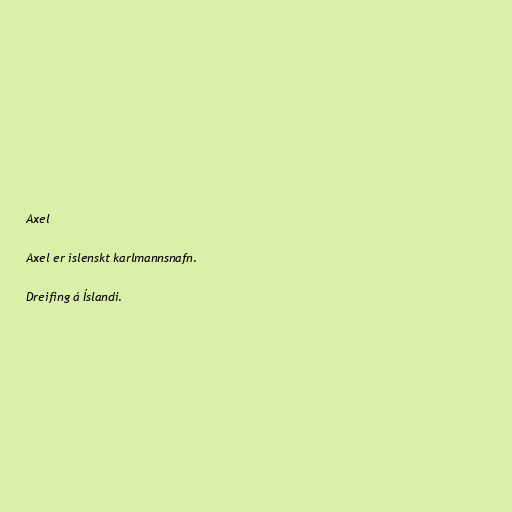
Axel

Axel er íslenskt karlmannsnafn.

Dreifing á Íslandi.